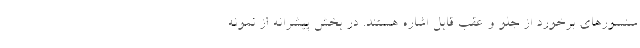
سنسورهای برخورد از جلو و عقب قابل اشاره هستند. در بخش پیشرانه از نمونه